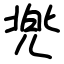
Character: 兠